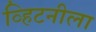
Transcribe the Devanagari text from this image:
व्हिटनीला